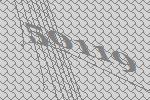
50119